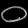
Digit: ၀